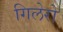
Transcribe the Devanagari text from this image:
गिलेरो